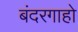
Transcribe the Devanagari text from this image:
बंदरगाहो